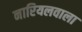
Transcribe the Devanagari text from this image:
नारियलवाला